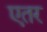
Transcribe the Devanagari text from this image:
एतर